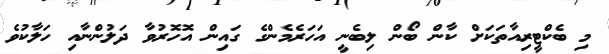
މި ބެކްޓީރިއާތަކަށް ކާން ބޯން ލިބެނީ އަހަރެމެންގެ ގައިން އޮހޮރުވާ ދަލުންނާއި ހަލާކުވެ